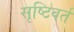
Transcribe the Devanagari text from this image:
सृष्टिवर्त